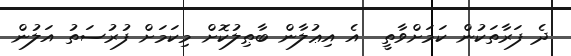
ދެ ފަރާތަކުން ކަމަށްވާތީ  އެ އިޢުލާން ބާޠިލުކޮށް މިކަމަށް ފުރުސަތު އަލުން